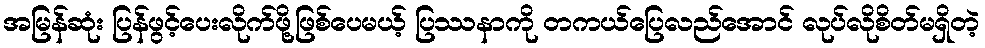
အမြန်ဆုံး ပြန်ဖွင့်ပေးလိုက်ဖို့ဖြစ်ပေမယ့် ပြဿနာကို တကယ်ပြေလည်အောင် လုပ်လိုစိတ်မရှိတဲ့